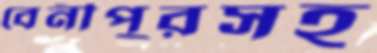
বেনীপুরসহ